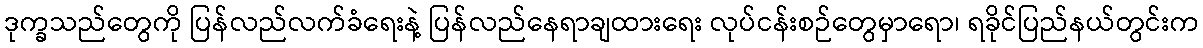
ဒုက္ခသည်တွေကို ပြန်လည်လက်ခံရေးနဲ့ ပြန်လည်နေရာချထားရေး လုပ်ငန်းစဉ်တွေမှာရော၊ ရခိုင်ပြည်နယ်တွင်းက